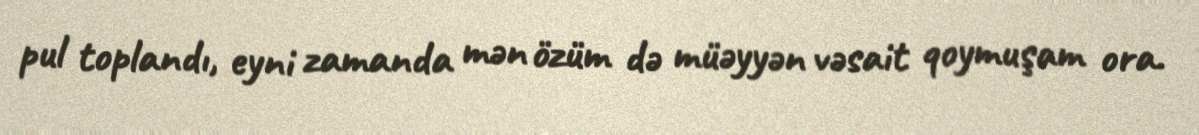
pul toplandı, eyni zamanda mən özüm də müəyyən vəsait qoymuşam ora.